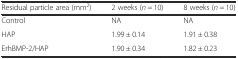
| Residual particle area (mm2) | 2 weeks (n = 10) | 8 weeks (n = 10) |
 | --- | --- | --- |
 | Control | NA | NA |
 | HAP | 1.99 ± 0.14 | 1.91 ± 0.38 |
 | ErhBMP-2/HAP | 1.90 ± 0.34 | 1.82 ± 0.23 |